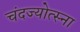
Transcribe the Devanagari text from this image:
चंदज्योत्स्ना